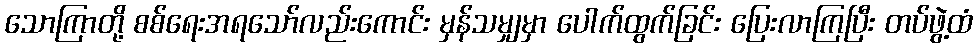
သောကြာတို့ စစ်ရေးအရသော်လည်းကောင်း မှန်သမျှမှာ ပေါက်ထွက်ခြင်း ပြေးလာကြပြီး တပ်ဖွဲ့ထံ